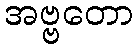
အဗ္ဗတော